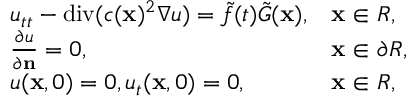
\begin{array} { r } { \begin{array} { l l } { u _ { t t } - \mathrm { d i v } ( c ( \mathbf x ) ^ { 2 } \nabla u ) = \tilde { f } ( t ) \tilde { G } ( \mathbf x ) , } & { \mathbf x \in R , } \\ { { \frac { \partial u } { \partial \mathbf n } } = 0 , } & { \mathbf x \in \partial R , } \\ { u ( \mathbf x , 0 ) = 0 , u _ { t } ( \mathbf x , 0 ) = 0 , } & { \mathbf x \in R , } \end{array} } \end{array}